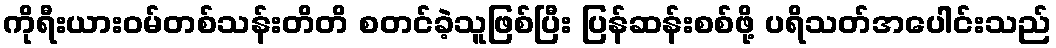
ကိုရီးယားဝမ်တစ်သန်းတိတိ စတင်ခဲ့သူဖြစ်ပြီး ပြန်ဆန်းစစ်ဖို့ ပရိသတ်အပေါင်းသည်